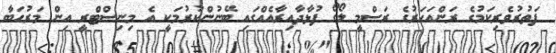
ފަތުރުވެރިކަމުގެ ރަންއަހަރުގެ ރަސްމީ ލޯގޯ ފުޅާދާއިރާއެއްގައި ބޭނުންކުރުމަކީ އެ މިނިސްޓްރީ އިން މަރުހަބާ